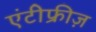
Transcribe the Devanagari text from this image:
एंटीफ्रीज़